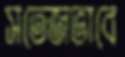
সতেজভাবে